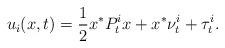
LaTeX: \begin{align*}u_i(x,t) = \frac{1}{2} x^* P^i_t x + x^* \nu^i_t + \tau^i_t.\end{align*}